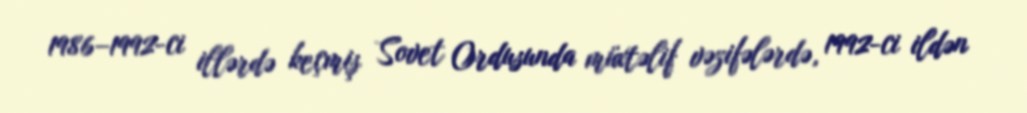
1986–1992-ci illərdə keçmiş Sovet Ordusunda müxtəlif vəzifələrdə, 1992-ci ildən